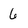
Character: 6